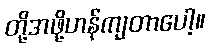
တို့အဖို့ဟန်ကျတာပေါ့။